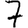
Digit: 7